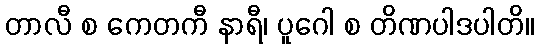
တာလီ စ ကေတကီ နာရီ၊ ပူဂေါ စ တိဏပါဒပါတိ။